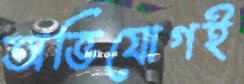
অভিযোগই